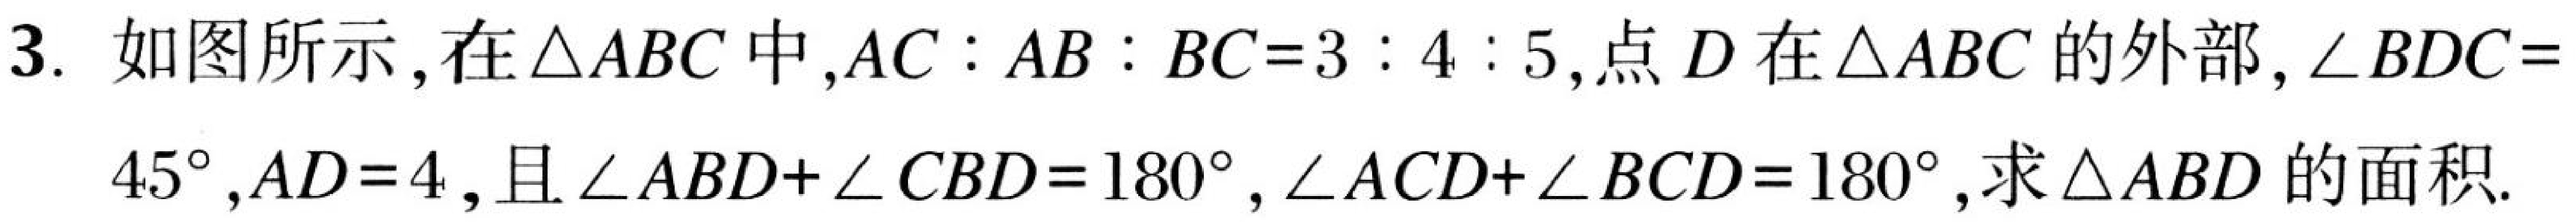
3. 如图所示，在$\triangle ABC$中，$AC:AB:BC = 3:4:5$，点$D$在$\triangle ABC$的外部，$\angle BDC =
45^{\circ}$，$AD = 4$，且$\angle ABD+\angle CBD = 180^{\circ}$，$\angle ACD+\angle BCD = 180^{\circ}$，求$\triangle ABD$的面积.